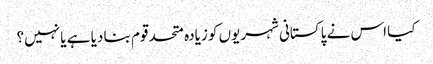
کیا اس نے پاکستانی شہریوں کو زیادہ متحد قوم بنا دیا ہے یا نہیں؟